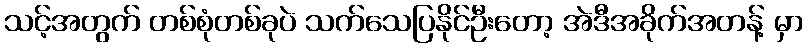
သင့်အတွက် တစ်စုံတစ်ခုပဲ သက်သေပြနိုင်ဦးတော့ အဲဒီအခိုက်အတန့် မှာ